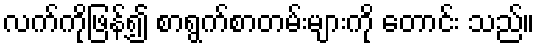
လက်ကိုဖြန့်၍ စာရွက်စာတမ်းများကို တောင်း သည်။